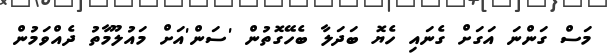
މަސް ގަންނަ އަގަށް ގެނައި ހެޔޮ ބަދަލާ ބެހޭގޮތުން 'ސަން'އަށް މައުލޫމާތު ދެއްވަމުން